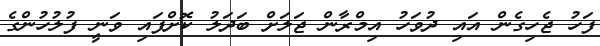
ފަހު ޖެހިގެން އައި ދުވަހު އިމްރާން ޖަލަށް ބަދަލު ކޮށްފައި ވަނީ ފުލުހުންގެ